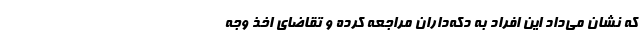
که نشان می‌داد این افراد به دکه‌داران مراجعه کرده و تقاضای اخذ وجه